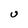
Character: U